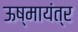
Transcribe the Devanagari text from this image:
ऊष्मायंत्र